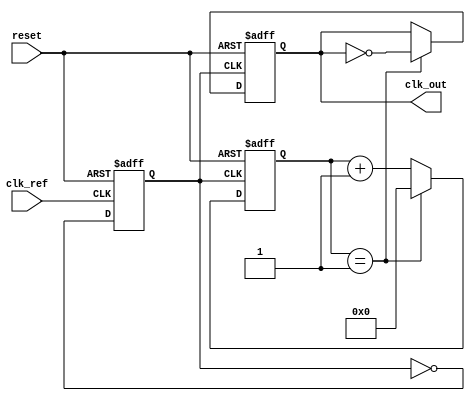
module PLL (
    input wire clk_ref,            // Reference clock input
    input wire reset,              // Reset signal
    output reg clk_out             // Output clock
);

    // Parameters
    parameter DIV_FACTOR = 2;     // Frequency divider factor
    parameter VCO_MAX_FREQ = 100;  // Maximum frequency of VCO (in MHz)
    parameter VCO_MIN_FREQ = 10;   // Minimum frequency of VCO (in MHz)

    // Internal signals
    wire phase_error;              // Phase error signal from phase detector
    reg charge_pump_out;           // Output of charge pump
    wire [7:0] loop_filter_out;    // Output of loop filter
    reg vco_clk;                   // VCO clock signal
    reg [7:0] vco_ctrl;            // Control voltage for VCO
    reg [15:0] divider_count;       // Counter for frequency divider

    // Phase Detector (simple XOR implementation)
    assign phase_error = clk_ref ^ vco_clk;

    // Charge Pump - simplified to a binary output for this example
    always @(posedge clk_ref or posedge reset) begin
        if (reset) begin
            charge_pump_out <= 0;
        end else begin
            charge_pump_out <= phase_error; // Simple error signal conversion
        end
    end

    // Loop Filter - first-order low-pass filter
    always @(posedge clk_ref or posedge reset) begin
        if (reset) begin
            loop_filter_out <= 8'b0;
        end else begin
            loop_filter_out <= loop_filter_out + charge_pump_out; // Integrate error
        end
    end

    // Voltage-Controlled Oscillator (VCO)
    always @(posedge clk_ref or posedge reset) begin
        if (reset) begin
            vco_clk <= 0;
            vco_ctrl <= VCO_MIN_FREQ; // Start at minimum frequency
        end else begin
            // Control VCO frequency based on loop filter output
            if (loop_filter_out > 100) begin
                vco_ctrl <= VCO_MAX_FREQ;
            end else if (loop_filter_out < 20) begin
                vco_ctrl <= VCO_MIN_FREQ;
            end else begin
                vco_ctrl <= loop_filter_out; // Adjust VCO frequency
            end

            // Generate VCO clock signal based on control voltage
            vco_clk <= ~vco_clk; // Toggle VCO clock for this example
        end
    end

    // Frequency Divider
    always @(posedge vco_clk or posedge reset) begin
        if (reset) begin
            divider_count <= 0;
            clk_out <= 0;
        end else begin
            if (divider_count == DIV_FACTOR-1) begin
                clk_out <= ~clk_out; // Toggle output clock
                divider_count <= 0;   // Reset counter
            end else begin
                divider_count <= divider_count + 1;
            end
        end
    end

endmodule